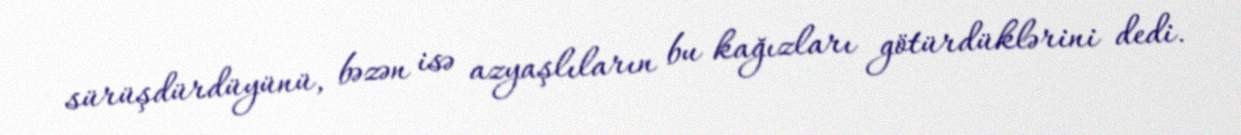
sürüşdürdüyünü, bəzən isə azyaşlıların bu kağızları götürdüklərini dedi.